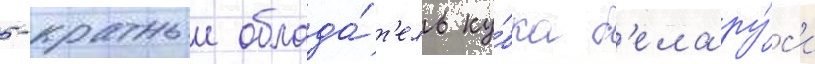
5-кратныи облада́т'ель ку́бка б'елару́с'и